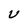
Character: U